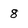
Character: 8